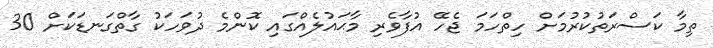
ތިމާ ކަސްރަތުކުރުމަށް ހިތްހަމަ ޖެހޭ އުފާވެރި މާޙައުލެއްގައި ކޮންމެ ދުވަހަކު ގާތްގަނޑަކަށް 30